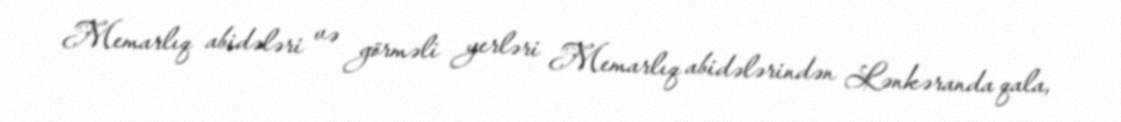
Memarlıq abidələri və görməli yerləri Memarlıq abidələrindən Lənkəranda qala,